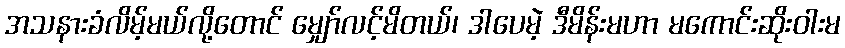
အသနားခံလိမ့်မယ်လို့တောင် မျှော်လင့်မိတယ်၊ ဒါပေမဲ့ ဒီမိန်းမဟာ မကောင်းဆိုးဝါးမ